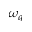
\omega _ { q }